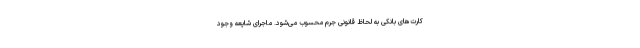
کارت‌های بانکی به لحاظ قانونی جرم محسوب می‌شود. ماجرای شایعه وجود